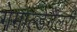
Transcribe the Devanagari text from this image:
गेमाल्डेगैलरी